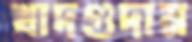
খাদগুদাম